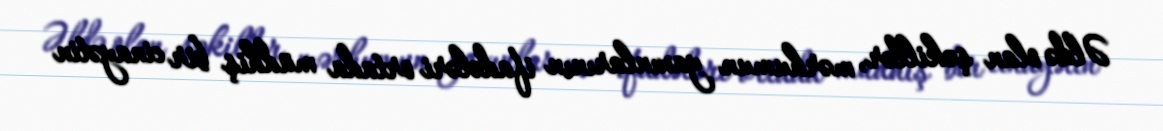
Əldə olan şəkillər, mərhumun yaxınlarının ifadələri ortada müdhiş bir cinayətin